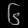
Digit: ၆